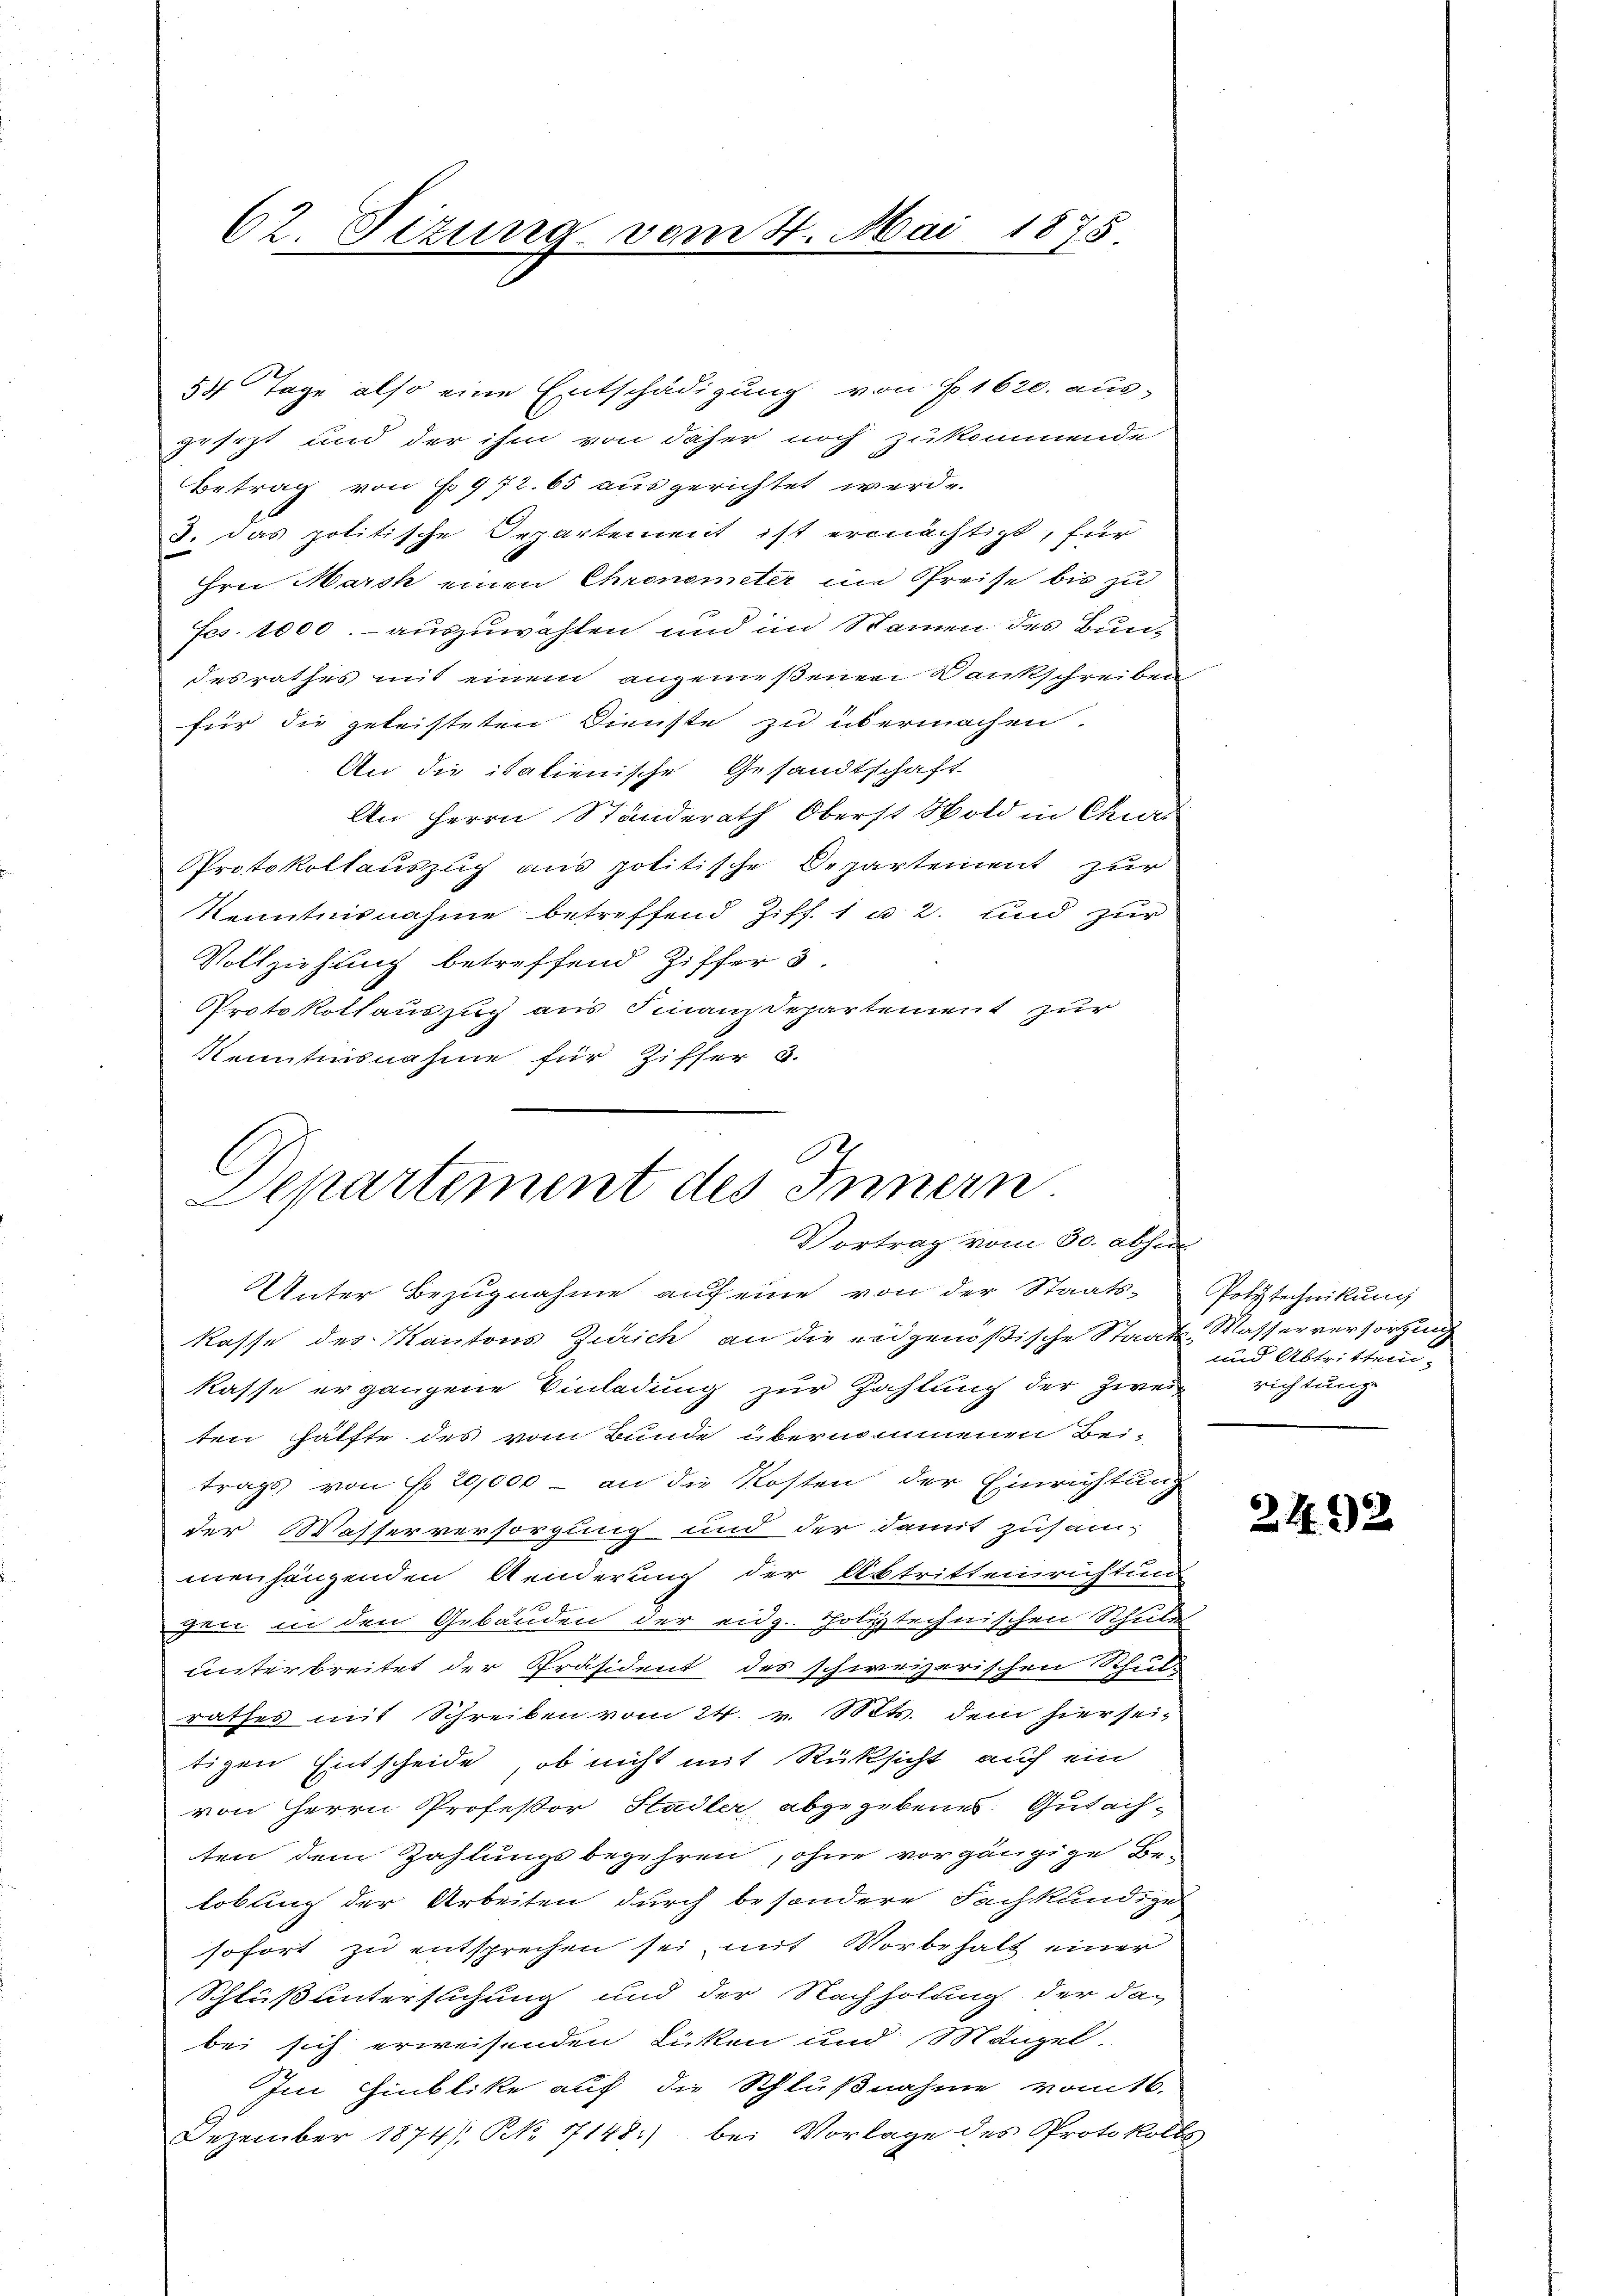
62. Sizung vom 4. Mai 1875

54 Tage also eine Entschädigung von § 1620. ausgesezt und der ihm von daher noch zukommende
Betrag von § 972. 65 ausgerichtet werde.
J. das politische Departement ist ermächtigt, für
Hrn. Marck einen Chronometer im Preise bis zu
Fcs. 1000.- auszuwahlen und im Namen des Bundesrathes mit einem angenießenen Dankschreibei
für die geleisteten Dienste zu übermachen.
An die italienische Gesandtschaft
An Herrn Standerath Oberst Wold in Chur
Protokollauszug aus politische Departement zur
Kenntnisnahme betreffend Ziff. 1 u 2. und zur
Vollziehung betreffend Ziffer 3.
Protokollauszug aus Finanzdepartement zur
Kenntnisnahme für Ziffer 3.
kasse des Kantons Zürich an die eidgenößische Staats-Wasserversorgung
kasse ergangene Einladung zur Zahlung der zwei
ten Hälfte des vom Bunde übernommenen Bei-
trags von § 20,000 - an die Kosten der Einrichtung
der Wasserversorgung und der damit zusammenhängenden Aenderung der Abtritteinrichtun
gen in den Gebäuden der eidg. Polytechnischen Schule
unterbreitet der Präsident des schweizerischen Schul-
rathes mit Schreiben vom 24. v. Mts. dem hier sei-
tigen Entscheide, ob nicht mit Rücksicht auf ein
von Herrn Professor Hadler abgegebenes Gutachten dem Zahlungsbegehren, ohne vorgängige Be-
lobung der Arbeiten durch besondere Fachkundige
sofort zu entsprechen sei mit Vorbehalt einer
Schluß untersuchung und der Nachholung der dabei sich erweisenden Licen und 8 Stänzel
Im Hinblike auf die Schlußnahme vom 16.
Dezember 1874/ NNo. 17148) bei Vorlage des Protokolls

C
Departement des Innern
Vortrag vom 30. absu
Unter Bezugnahme auf eine von der Staats¬

Polytechnikung
und Abtritten.
richtunge

2492